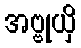
အဗ္ဗုယှိ